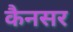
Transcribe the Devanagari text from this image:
कैनसर